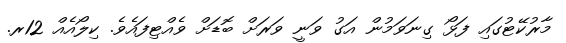
މާރުކޭޓުގައި ފަޅޯ ގިނަވަމުން އަގު ވަނީ ވަރަށް ބޮޑަށް ވެއްޓިފައެވެ. ކިލޯއެއް 12ރ.